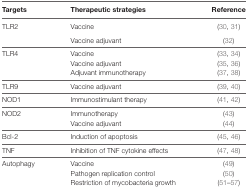
| Targets | Therapeutic strategies | Reference |
 | --- | --- | --- |
 | TLR2 | Vaccine | (30, 31) |
 |  | Vaccine adjuvant | (32) |
 | TLR4 | Vaccine | (33, 34) |
 |  | Vaccine adjuvant | (35, 36) |
 |  | Adjuvant immunotherapy | (37, 38) |
 | TLR9 | Vaccine adjuvant | (39, 40) |
 | NOD1 | Immunostimulant therapy | (41, 42) |
 | NOD2 | Immunotherapy | (43) |
 |  | Vaccine adjuvant | (44) |
 | Bcl-2 | Induction of apoptosis | (45, 46) |
 | TNF | Inhibition of TNF cytokine effects | (47, 48) |
 | Autophagy | Vaccine | (49) |
 |  | Pathogen replication control | (50) |
 |  | Restriction of mycobacteria growth | (51–57) |